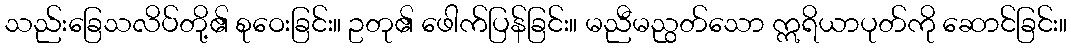
သည်းခြေသလိပ်တို့၏ စုဝေးခြင်း။ ဥတု၏ ဖေါက်ပြန်ခြင်း။ မညီမညွတ်သော ဣရိယာပုတ်ကို ဆောင်ခြင်း။